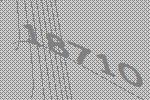
18710